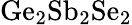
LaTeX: \mathrm{Ge_{2}Sb_{2}Se_{2}}